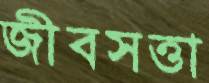
জীবসত্তা